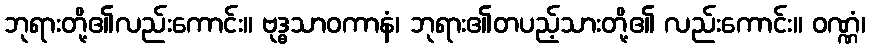
ဘုရားတို့၏လည်းကောင်း။ ဗုဒ္ဓသာဝကာနံ၊ ဘုရား၏တပည့်သားတို့၏ လည်းကောင်း။ ဝဏ္ဏံ၊